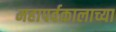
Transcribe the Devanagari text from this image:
महापर्वकालाच्या